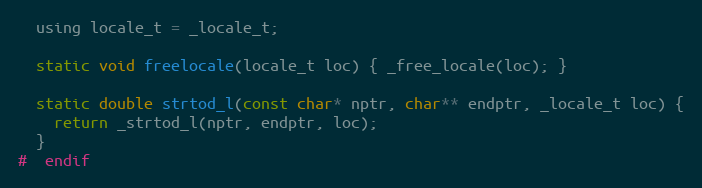
Language: C
  using locale_t = _locale_t;

  static void freelocale(locale_t loc) { _free_locale(loc); }

  static double strtod_l(const char* nptr, char** endptr, _locale_t loc) {
    return _strtod_l(nptr, endptr, loc);
  }
#  endif